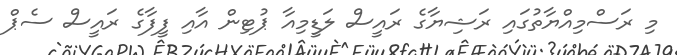
މި ރަސްމިއްޔާތުގައި ރަޝިޔާގެ ރައީސް ލަޑީމިއާ ޕުޓިން އާއި ފީފާގެ ރައީސް ސެޕް